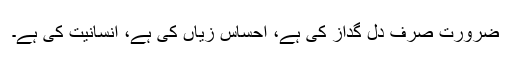
ضرورت صرف دل گداز کی ہے، احساس زیاں کی ہے، انسانیت کی ہے۔